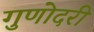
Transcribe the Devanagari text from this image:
गुणोदरी